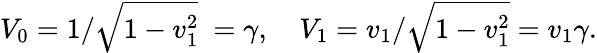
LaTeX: V_{0}=1/{\sqrt{1-v_{1}^{2}}}\ =\gamma,\quad V_{1}=v_{1}/{\sqrt{1-v_{1}^{2}}}=v_{1}\gamma.